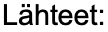
Lähteet: